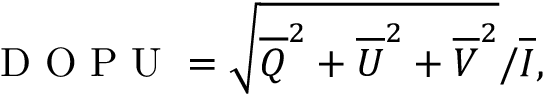
\centering \mathrm { ~ D ~ O ~ P ~ U ~ } = \sqrt { \overline { { Q } } ^ { 2 } + \overline { { U } } ^ { 2 } + \overline { { V } } ^ { 2 } } / \overline { { I } } ,